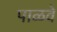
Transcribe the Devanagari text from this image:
पाळवे